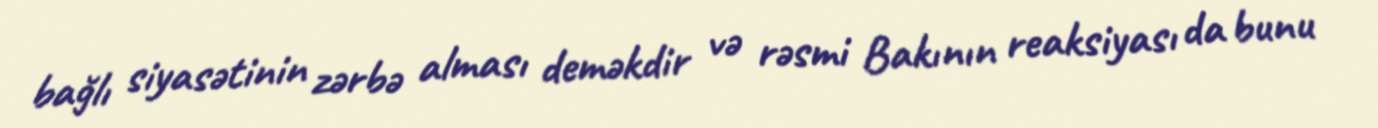
bağlı siyasətinin zərbə alması deməkdir və rəsmi Bakının reaksiyası da bunu